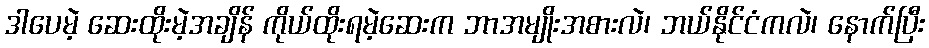
ဒါပေမဲ့ ဆေးထိုးမဲ့အချိန် ကိုယ်ထိုးရမဲ့ဆေးက ဘာအမျိုးအစားလဲ၊ ဘယ်နိုင်ငံကလဲ၊ နောက်ပြီး